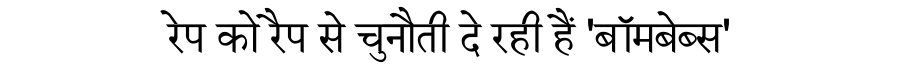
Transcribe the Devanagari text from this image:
रेप को रैप से चुनौती दे रही हैं 'बॉमबेब्स'